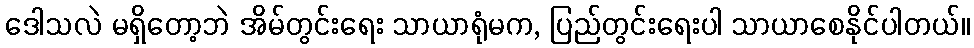
ဒေါသလဲ မရှိတော့ဘဲ အိမ်တွင်းရေး သာယာရုံမက, ပြည်တွင်းရေးပါ သာယာစေနိုင်ပါတယ်။